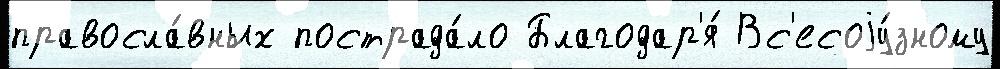
правосла́вных пострада́ло Благодар'я́ Вс'есоjу́зному